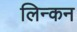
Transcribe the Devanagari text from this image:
लिन्कन